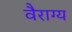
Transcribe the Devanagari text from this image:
वैराग्‍य